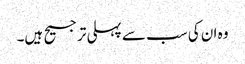
وہ ان کی سب سے پہلی ترجیح ہیں۔